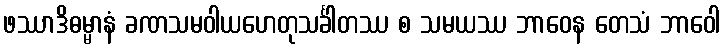
ဖဿာဒိဓမ္မာနံ ခဏသမဝါယဟေတုသင်္ခါတဿ စ သမယဿ ဘာဝေန တေသံ ဘာဝေါ